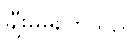
ချီးမွမ်းကြသည်